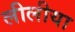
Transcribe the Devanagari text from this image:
लीलीया